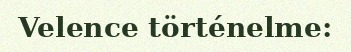
Velence történelme: